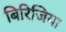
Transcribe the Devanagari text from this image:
बिरिजिया